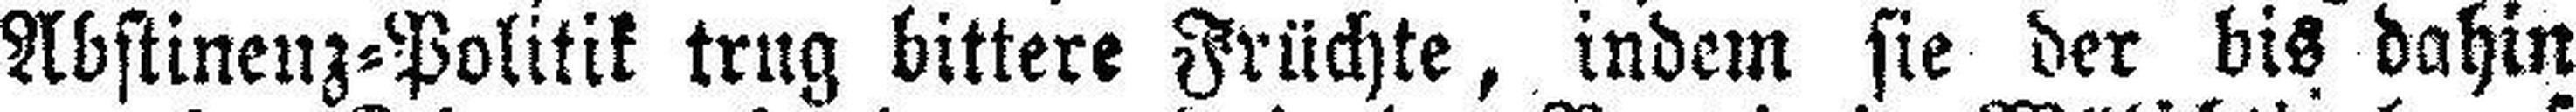
Abstinenz-Politik trug bittere Früchte, indem sie der bis dahin